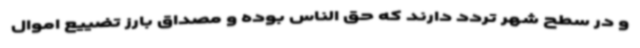
و در سطح شهر تردد دارند که حق الناس بوده و مصداق بارز تضییع اموال